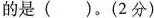
的是 ( )。(2分)